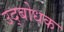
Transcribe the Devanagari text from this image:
उद्‍बोधक